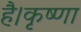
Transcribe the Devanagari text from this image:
है।कृष्णा